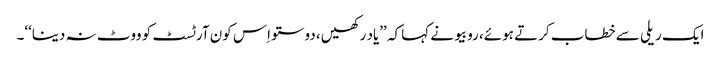
ایک ریلی سے خطاب کرتے ہوئے، روبیو نے کہا کہ ’’یاد رکھیں، دوستو اِس کون آرٹسٹ کو ووٹ نہ دینا‘‘۔